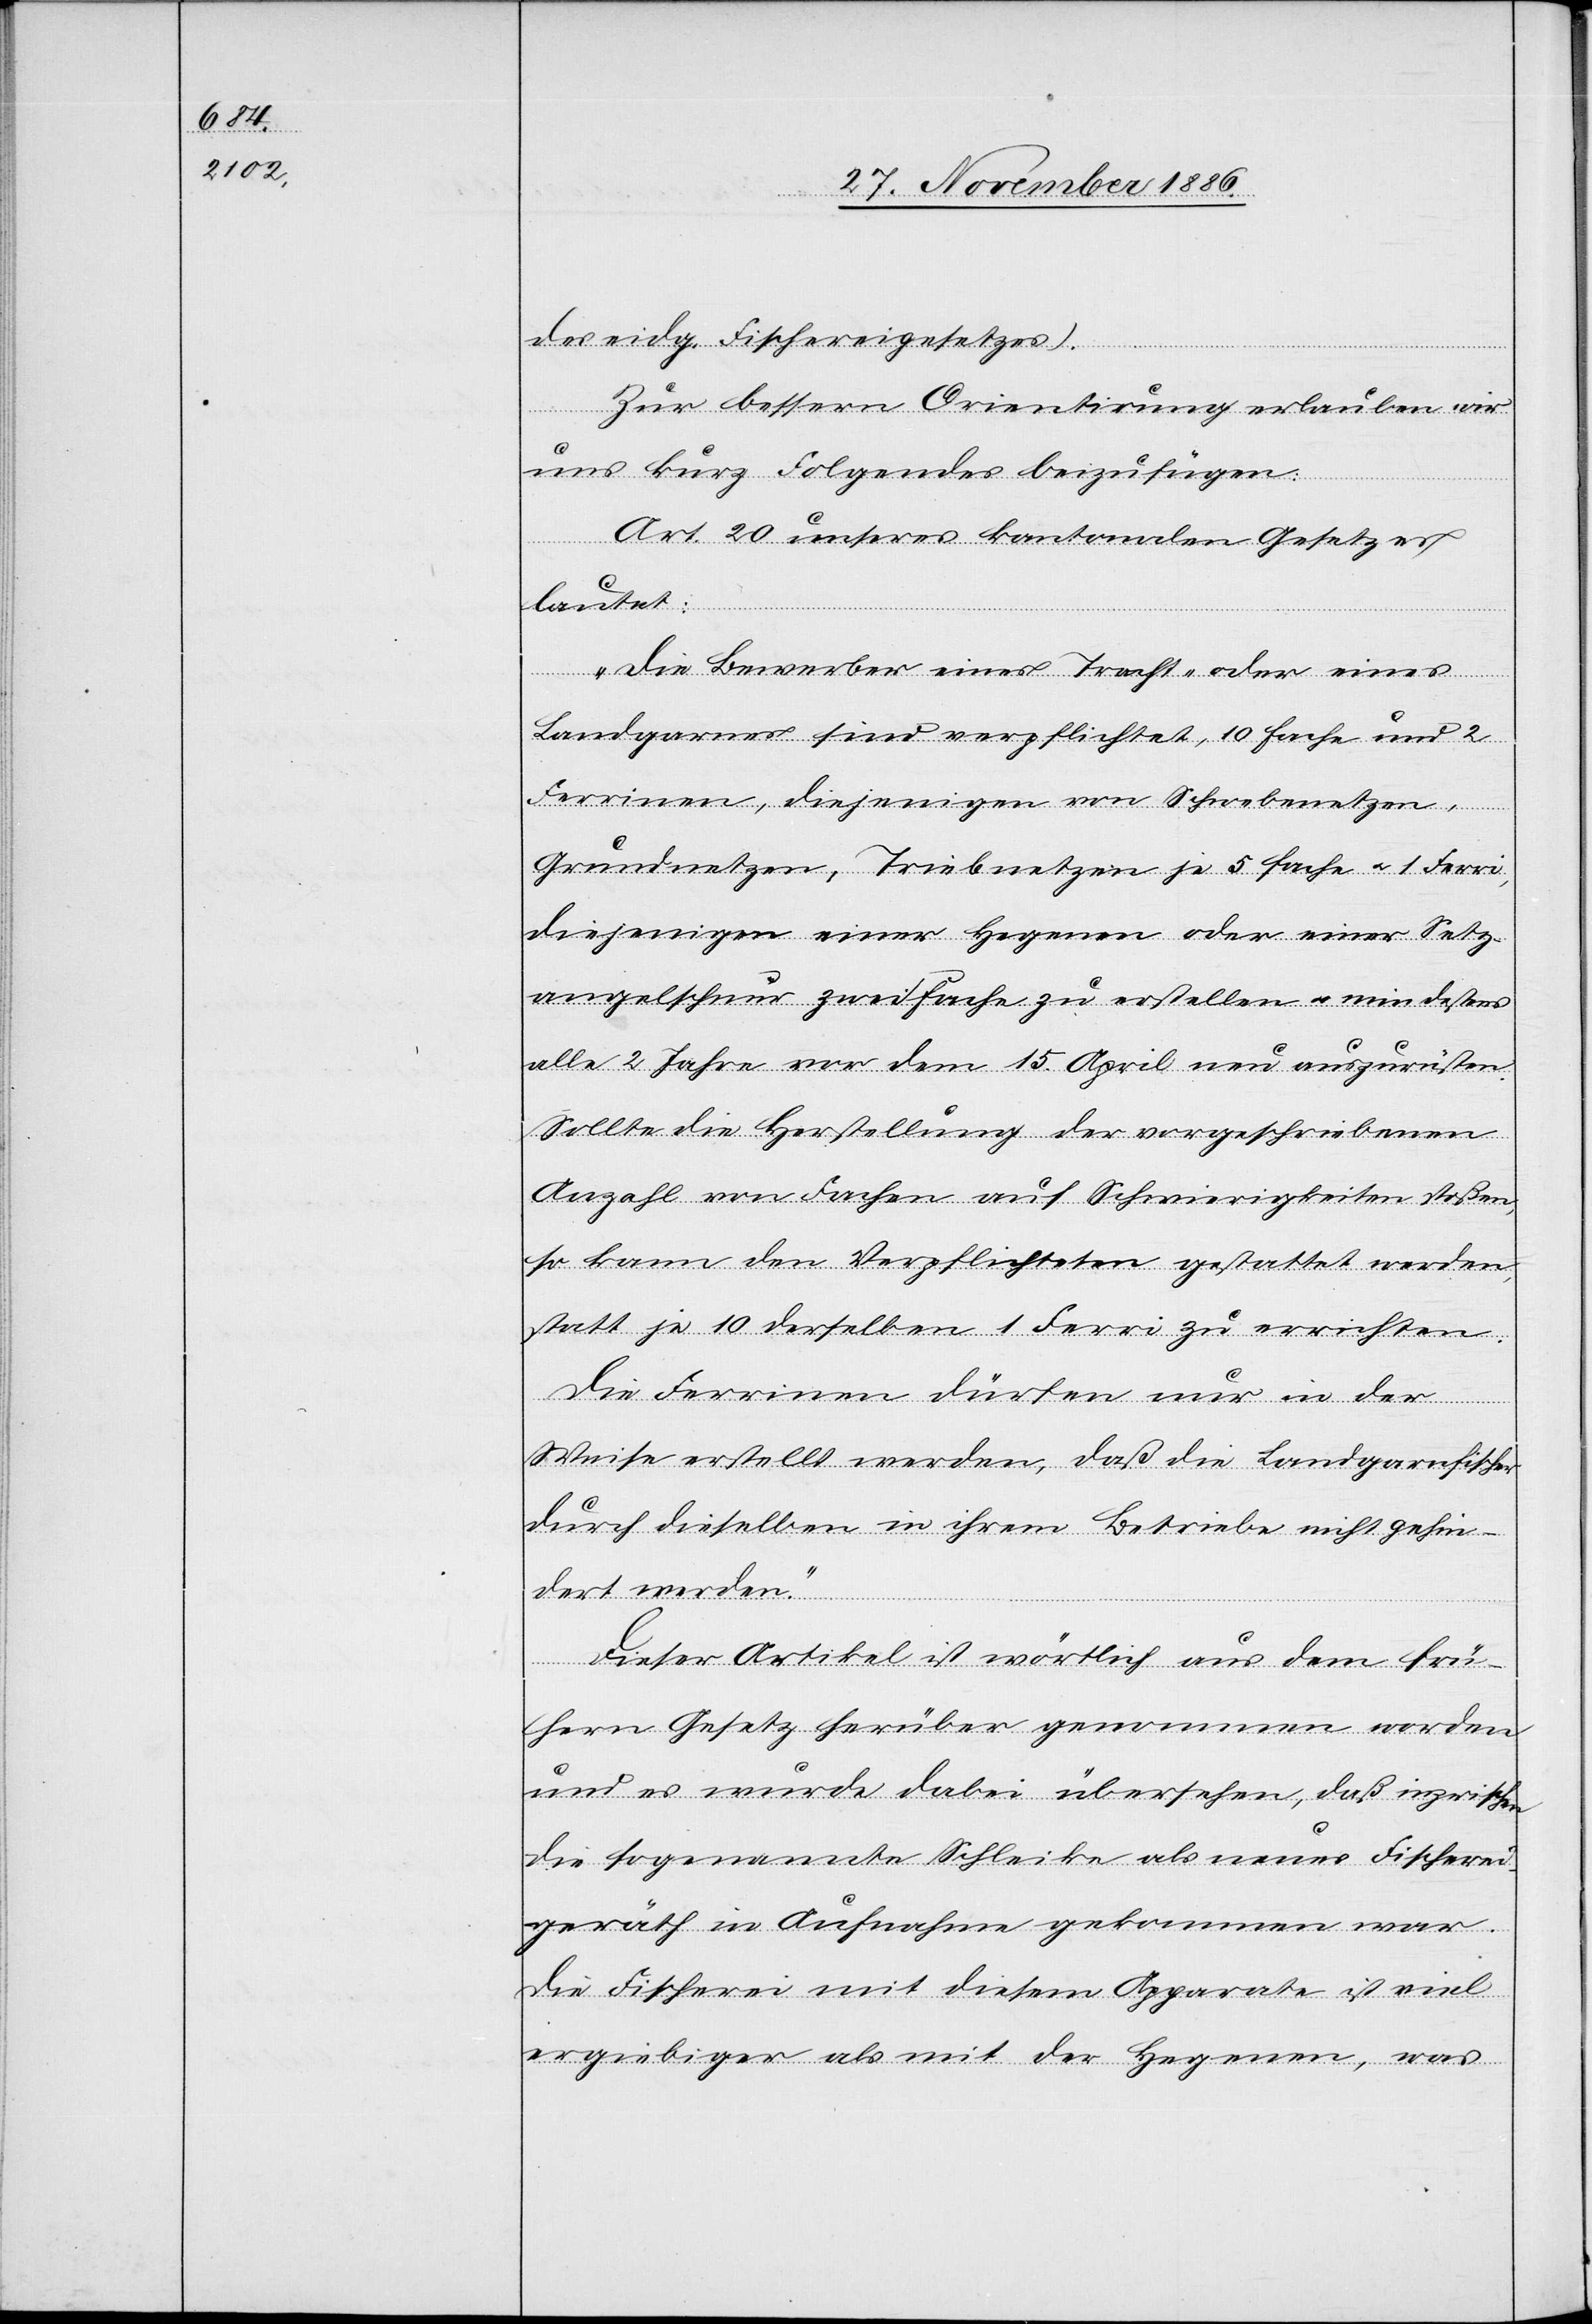
des eidg. Fischereigesetzes).
Zur bessern Orientirung erlauben wir
uns kurz Folgendes beizufügen:
Art. 20 unseres kantonalen Gesetzes
lautet:
„Die Bewerber eines Tracht- oder eines
Landgarnes sind verpflichtet, 10 Fache und 2
Ferrinen, diejenigen von Schwebenetzen,
Grundnetzen, Triebnetzen je 5 Fache & 1 Ferri,
diejenigen einer Hegenen oder einer Setz¬
angelschnur zwei Fache zu erstellen & mindestens
alle 2 Jahre vor dem 15. April neu auszurüsten.
Sollte die Herstellung der vorgeschriebenen
Anzahl von Fachen auf Schwierigkeiten stoßen,
so kann den Verpflichteten gestattet werden,
statt je 10 derselben 1 Ferri zu errichten.
Die Ferrinen dürfen nur in der
Weise erstellt werden, daß die Landgarnfischer
durch dieselben in ihrem Betriebe nicht gehin¬
dert werden.“
Dieser Artikel ist wörtlich aus dem frü¬
hern Gesetz herüber gewonnen worden
und es wurde dabei übersehen, daß inzwischen
die sogenannte Schleike als neues Fischerei¬
geräth in Aufnahme gekommen war.
Die Fischerei mit diesem Apparate ist viel
ergiebiger als mit der Hegenen, was